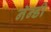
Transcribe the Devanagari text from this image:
नॅन्डी